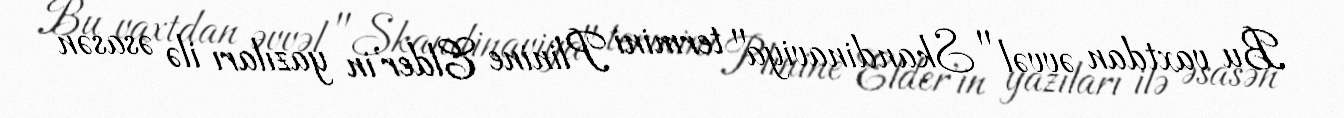
Bu vaxtdan əvvəl "Skandinaviya" termini Plinine Elder'in yazıları ilə əsasən